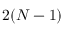
2 ( N - 1 )